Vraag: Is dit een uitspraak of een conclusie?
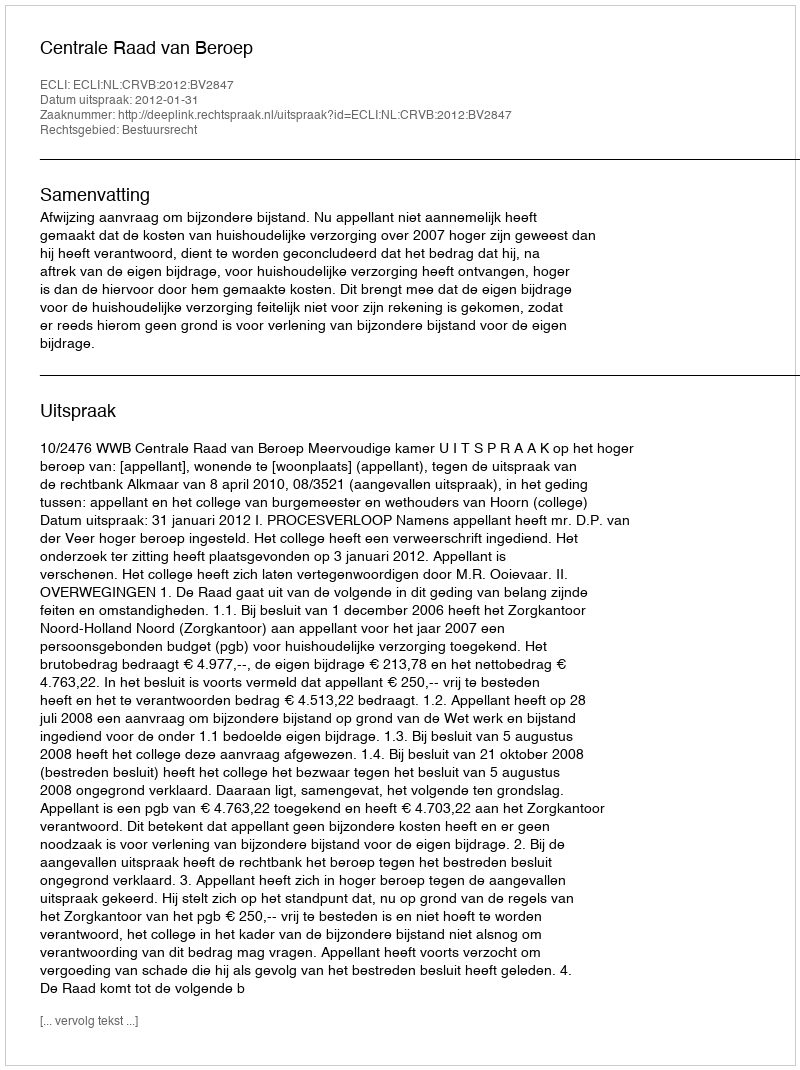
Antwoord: Uitspraak